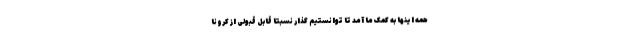
همه اینها به کمک ما آمد تا توانستیم گذار نسبتا قابل قبولی از کرونا